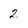
Character: 2